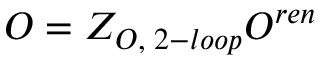
{ \cal O } = Z _ { { \cal O } , \; 2 - l o o p } { \cal O } ^ { r e n }